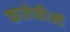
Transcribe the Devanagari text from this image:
कालेकीनी